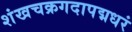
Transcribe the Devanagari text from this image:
शंखचक्रगदापद्मधरं